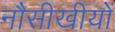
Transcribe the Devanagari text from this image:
नौसीखीयों